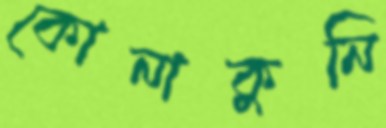
কোনাকুনি